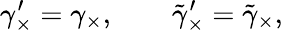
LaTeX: \gamma_{\times}^{\prime}=\gamma_{\times},\qquad\tilde{\gamma}_{\times}^{\prime}=\tilde{\gamma}_{\times},